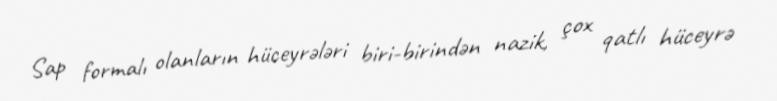
Sap formalı olanların hüceyrələri biri-birindən nazik, çox qatlı hüceyrə